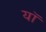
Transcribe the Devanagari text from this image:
यॉ